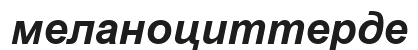
меланоциттерде